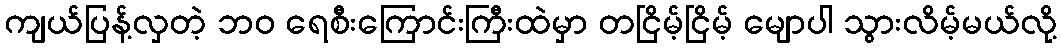
ကျယ်ပြန့်လှတဲ့ ဘဝ ရေစီးကြောင်းကြီးထဲမှာ တငြိမ့်ငြိမ့် မျောပါ သွားလိမ့်မယ်လို့